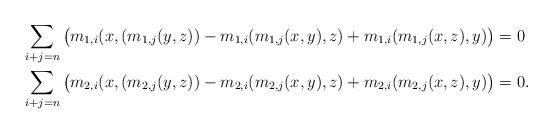
LaTeX: \begin{align*}&\sum_{i+j=n} \big(m_{1,i}(x, (m_{1,j}(y, z))- m_{1,i}(m_{1,j}(x, y),z)+ m_{1,i}(m_{1,j}(x, z),y)\big)=0 \\&\sum_{i+j=n} \big(m_{2,i}(x, (m_{2,j}(y, z)) - m_{2,i}(m_{2,j}(x, y),z) + m_{2,i}(m_{2,j}(x, z),y)\big)=0.\end{align*}